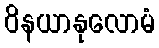
ဝိနယာနုလောမံ